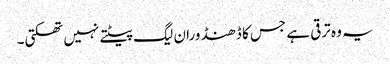
یہ وہ ترقی ہے جس کا ڈھنڈورا ن لیگ پیٹتے نہیں تھکتی۔